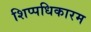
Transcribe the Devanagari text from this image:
शिप्पधिकारम